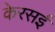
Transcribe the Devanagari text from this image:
केरसई